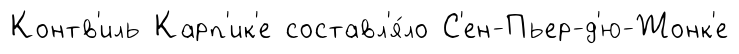
Контв'иль Карп'ик'е составл'я́ло С'ен-Пьер-д'ю-Жонк'е